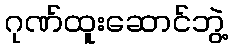
ဂုဏ်ထူးဆောင်ဘွဲ့